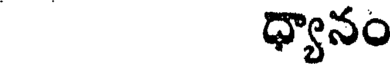
ధ్యానం